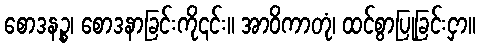
စောဒနဉ္စ၊ စောဒနာခြင်းကို၎င်း။ အာဝိကာတုံ၊ ထင်စွာပြုခြင်းငှာ။